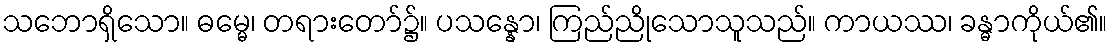
သဘောရှိသော။ ဓမ္မေ၊ တရားတော်၌။ ပသန္နော၊ ကြည်ညိုသောသူသည်။ ကာယဿ၊ ခန္ဓာကိုယ်၏။